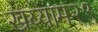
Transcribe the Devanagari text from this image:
खय्याम२९